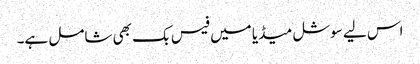
اس لیے سوشل میڈیا میں فیس بک بھی شامل ہے۔